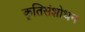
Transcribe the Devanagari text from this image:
कृतिसंशोधन